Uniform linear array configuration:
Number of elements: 8
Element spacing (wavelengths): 1
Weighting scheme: blackman
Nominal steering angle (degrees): -30
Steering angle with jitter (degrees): -31.329
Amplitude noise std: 0.05
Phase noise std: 0.05

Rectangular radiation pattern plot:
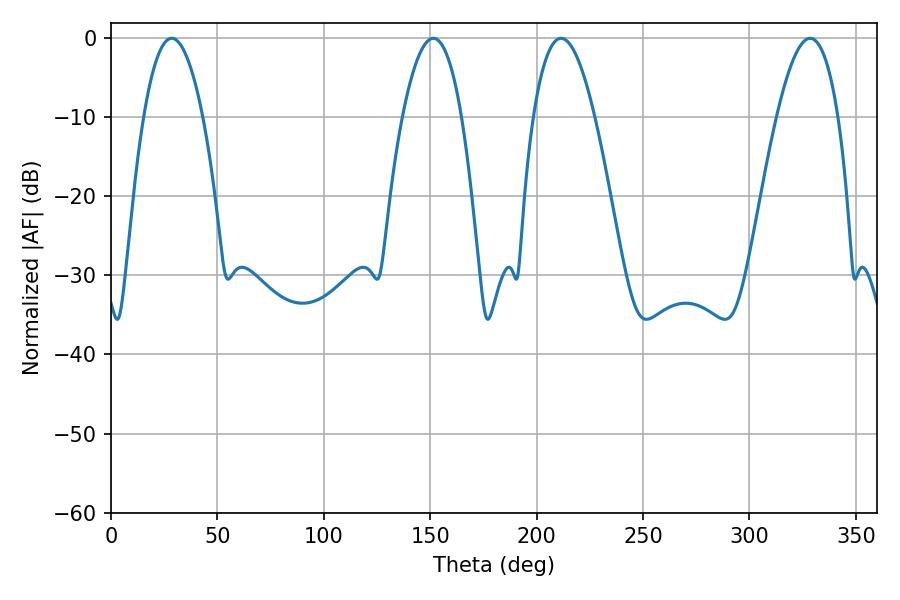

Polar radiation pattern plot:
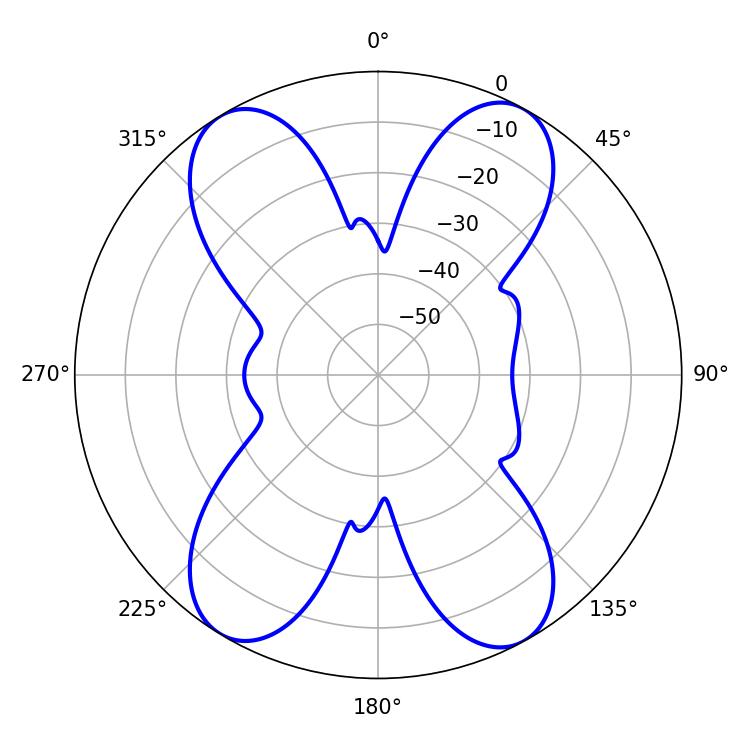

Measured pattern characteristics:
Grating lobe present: TRUE
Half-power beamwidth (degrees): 15.84
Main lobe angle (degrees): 211.5